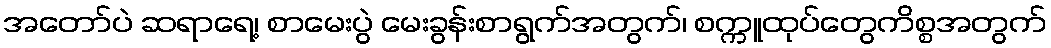
အတော်ပဲ ဆရာရေ့၊ စာမေးပွဲ မေးခွန်းစာရွက်အတွက်၊ စက္ကူထုပ်တွေကိစ္စအတွက်